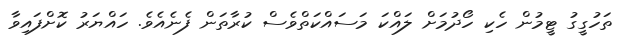
ތަހުގީގު ޓީމުން ހެކި ހޯދުމަށް ލައްކަ މަސައްކަތްވެސް ކުރާތަން ފެނެއެވެ. ހައްޔަރު ކޮށްފައިވާ